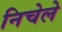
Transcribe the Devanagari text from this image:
निचेले